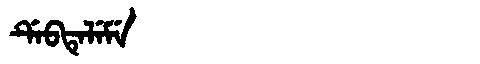
Manchu: ᡩᡝᠪᡨᡝᠯᡝᠮᡝ
Romanization: DEBTELEME